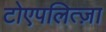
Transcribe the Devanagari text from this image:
टोएपलित्ज़ा